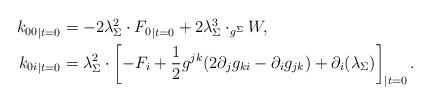
LaTeX: \begin{align*}\begin{aligned} {k_{00}}_{|t=0} & = -2 \lambda_{\Sigma}^2 \cdot {F_0}_{|t=0} + 2 \lambda_{\Sigma}^3 \cdot _{g^{\Sigma}} W, \\ {k_{0 i}}_{|t=0} & = \lambda_{\Sigma}^2 \cdot \left[-F_{i} + \frac{1}{2} g^{jk} (2 \partial_{j} g_{ki} - \partial_{i} g_{jk}) +\partial_i(\lambda_{\Sigma})\right]_{|t=0}.\end{aligned}\end{align*}